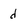
Character: d